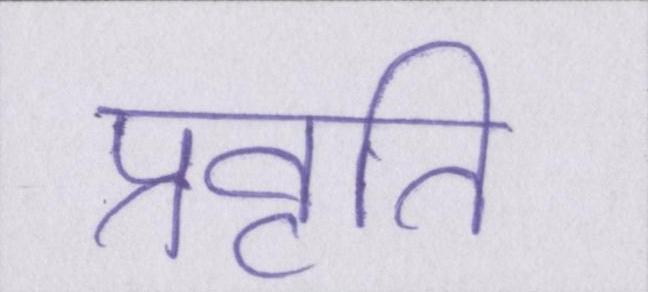
प्रवृति